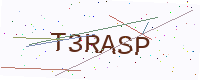
Text: T3RASP